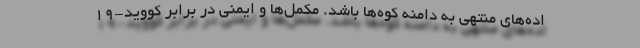
اده‌های منتهی به دامنه کوه‌ها باشد. مکمل‌ها و ایمنی در برابر کووید-19